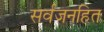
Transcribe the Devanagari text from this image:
सर्वजनहित